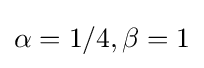
\alpha =1/4,\beta =1